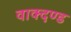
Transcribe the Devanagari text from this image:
वाक्दण्ड